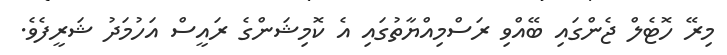
މިރޭ ހޮޓެލް ޖެންގައި ބޭއްވި ރަސްމިއްޔާތުގައި އެ ކޮމިޝަންގެ ރައީސް އަހުމަދު ޝަރީފެވެ.